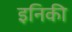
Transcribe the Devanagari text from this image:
इनिकी